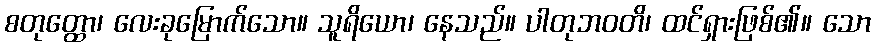
စတုတ္ထော၊ လေးခုမြောက်သော။ သူရိယော၊ နေသည်။ ပါတုဘဝတိ၊ ထင်ရှားဖြစ်၏။ သော